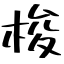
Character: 梭